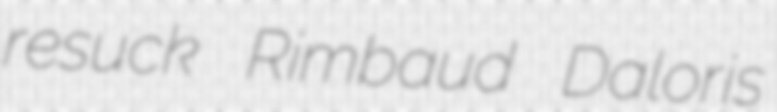
resuck Rimbaud Daloris